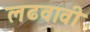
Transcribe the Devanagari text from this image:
लढवावी